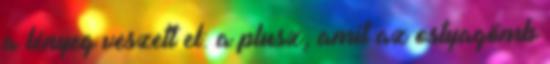
a lényeg veszett el: a plusz, amit az ostyagömb